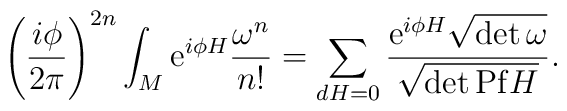
\left(\frac{i\phi}{{2\pi}}\right)^{2n}\int_M{\rm e}^{i\phi H}\frac{\omega^n}{n!}=\sum_{dH=0}\frac{{\rm e}^{i\phi H}{{\sqrt{\det\omega}}}}{\sqrt{\det {\rm Pf} H}}.